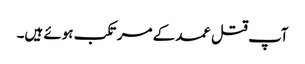
آپ قتل عمد کے مرتکب ہوئے ہیں۔